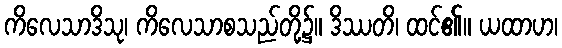
ကိလေသာဒိသု၊ ကိလေသာစသည်တို့၌။ ဒိဿတိ၊ ထင်၏။ ယထာဟ၊